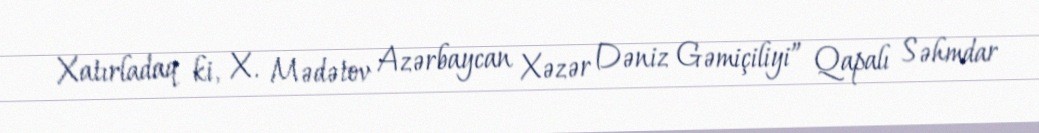
Xatırladaq ki, X. Mədətov Azərbaycan Xəzər Dəniz Gəmiçiliyi” Qapalı Səhmdar